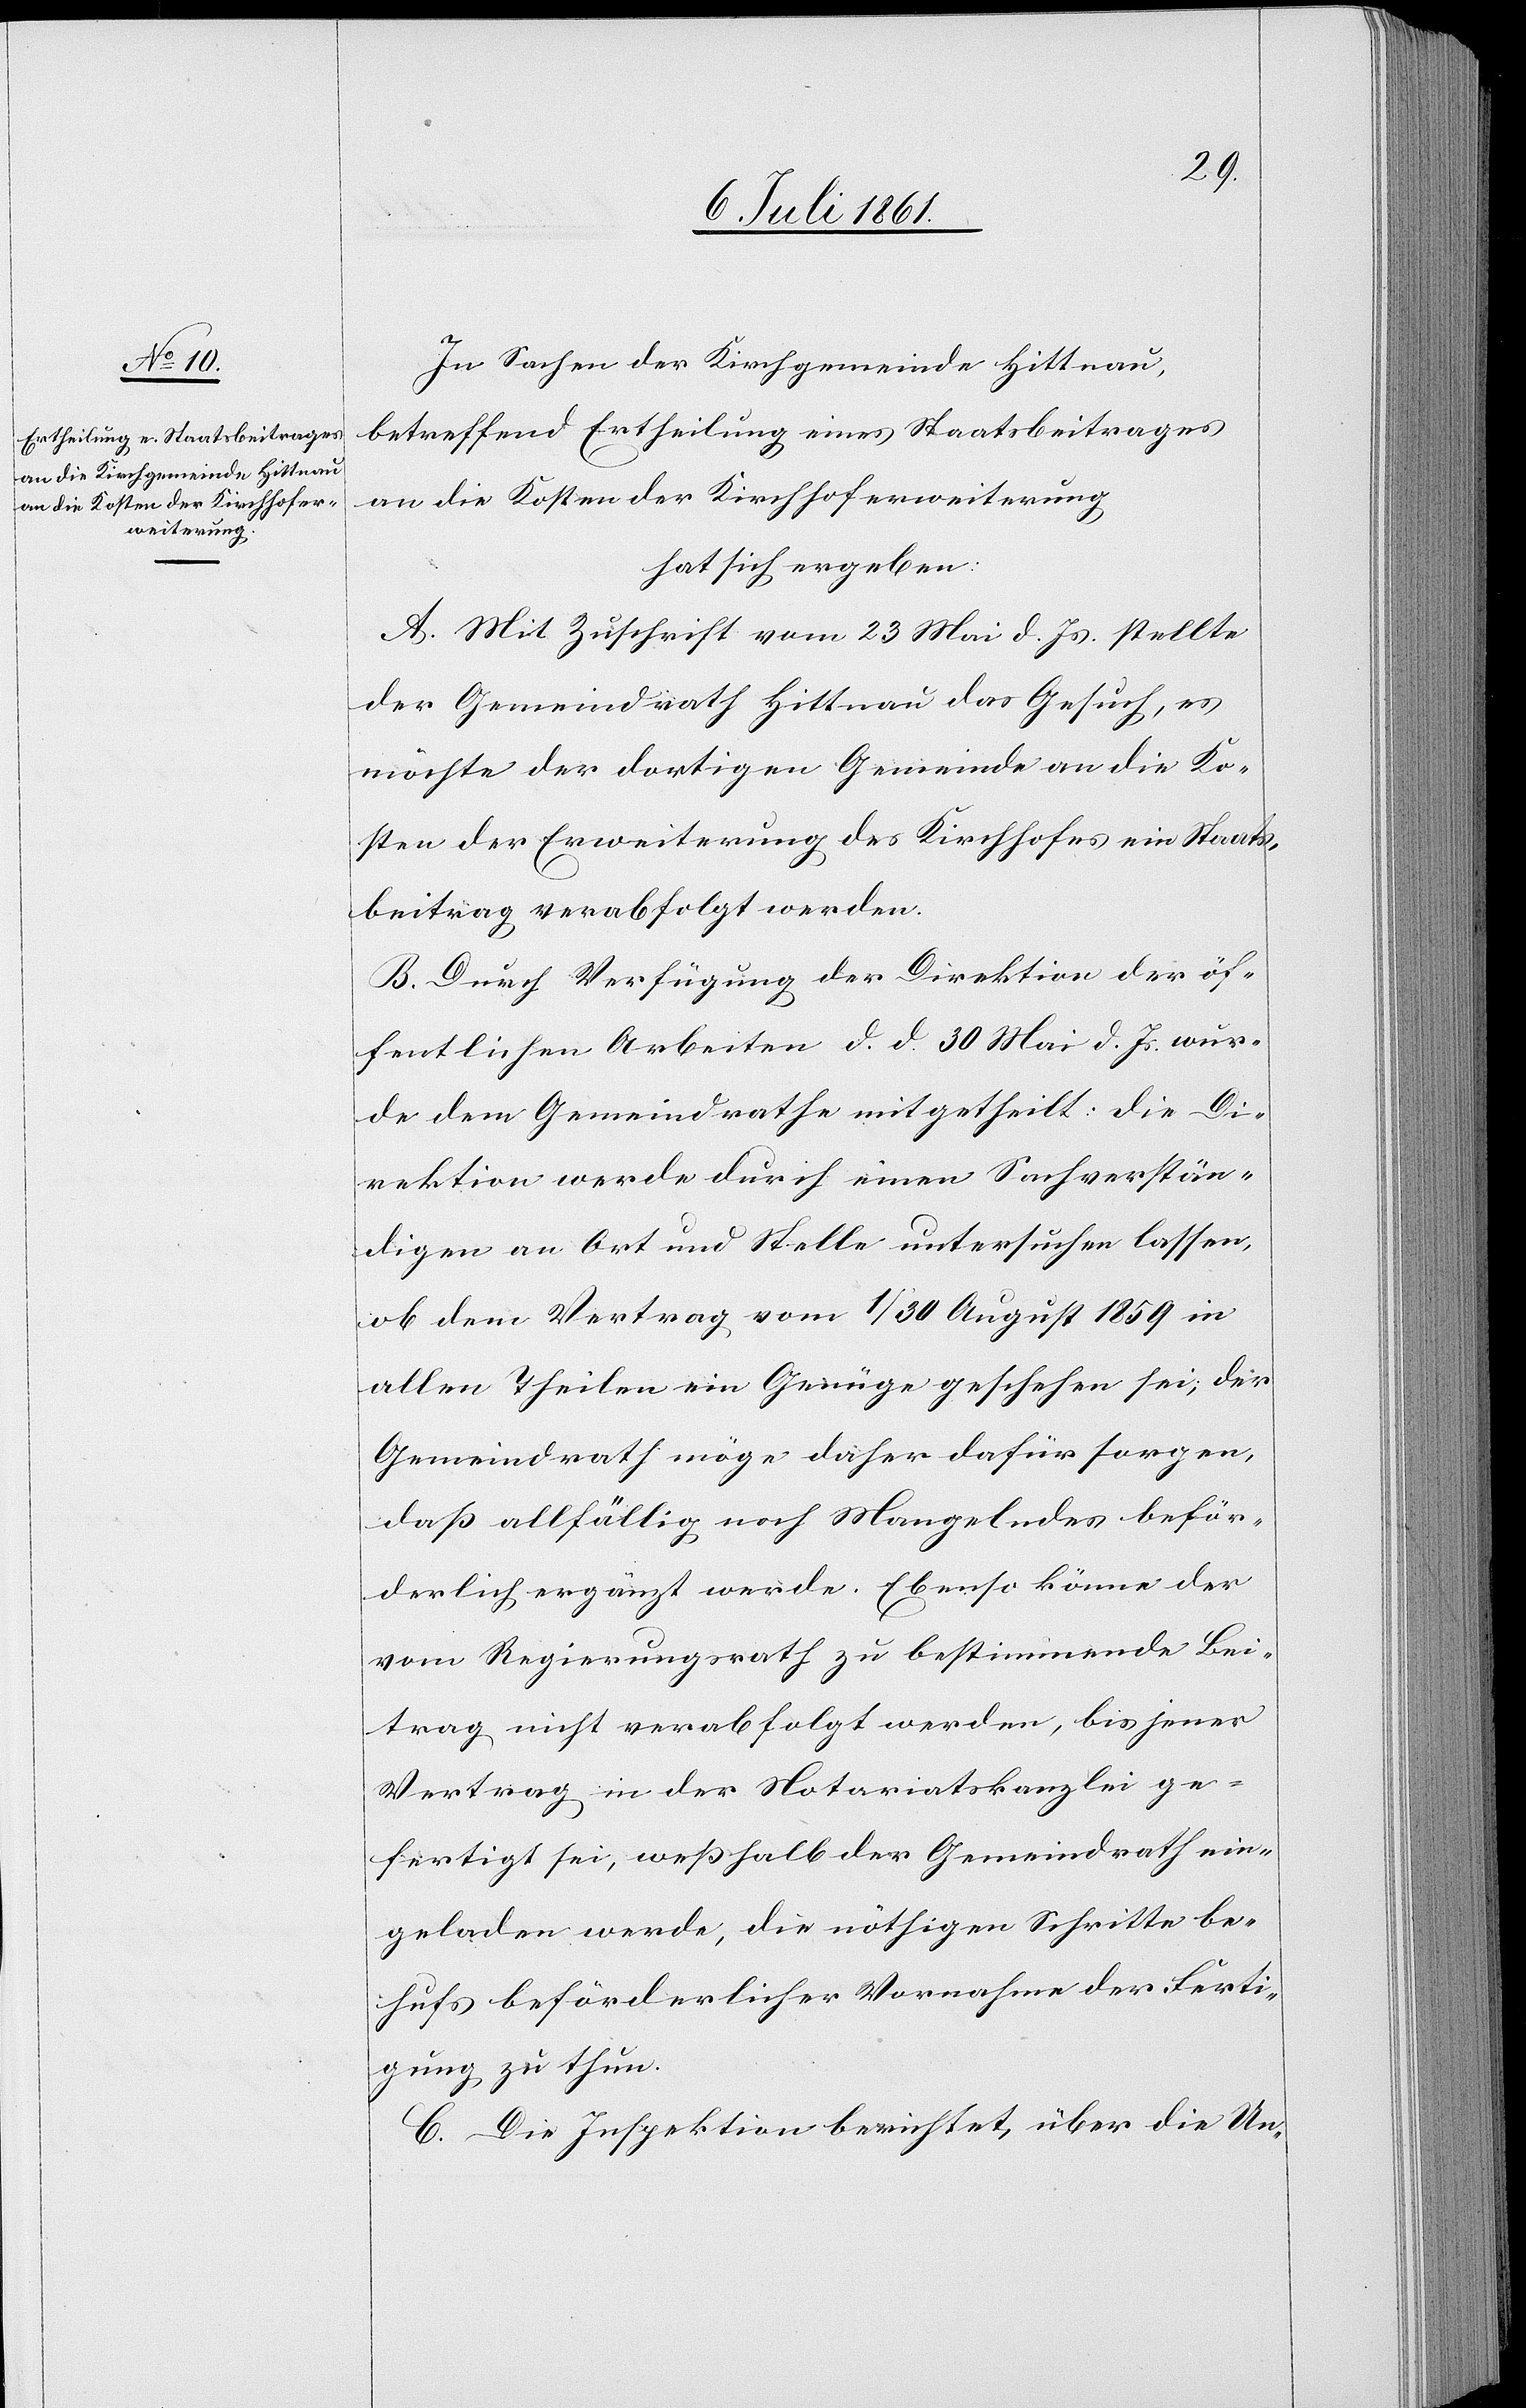
In Sachen der Kirchgemeinde Hittnau,
betreffend Ertheilung eines Staatsbeitrages
an die Kosten der Kirchhoferweiterung,
hat sich ergeben:
A. Mit Zuschrift vom 23 Mai d. Js. stellte
der Gemeindrath Hittnau das Gesuch, es
möchte der dortigen Gemeinde an die Ko¬
sten der Erweiterung des Kirchhofes ein Staats¬
beitrag verabfolgt werden.
B. Durch Verfügung der Direktion der öf¬
fentlichen Arbeiten d. d. 30 Mai d. Js. wur¬
de dem Gemeindrathe mitgetheilt: die Di¬
rektion werde durch einen Sachverstän¬
digen an Ort und Stelle untersuchen lassen,
ob dem Vertrag vom 1/30 August 1859 in
allen Theilen ein Genüge geschehen sei, der
Gemeindrath möge daher dafür sorgen,
daß allfällig noch Mangelndes beför¬
derlich ergänzt werde. Ebenso könne der
vom Regierungsrathe zu bestimmende Bei¬
trag nicht verabfolgt werden, bis jener
Vertrag in der Notariatskanzlei ge¬
fertigt sei, weßhalb der Gemeindrath ein¬
geladen werde, die nöthigen Schritte be¬
hufs beförderlicher Vornahme der Ferti¬
gung zu thun.
C. Die Inspektion berichtet, über die Un-